Scottish Leaving Certificate Examination, 1955
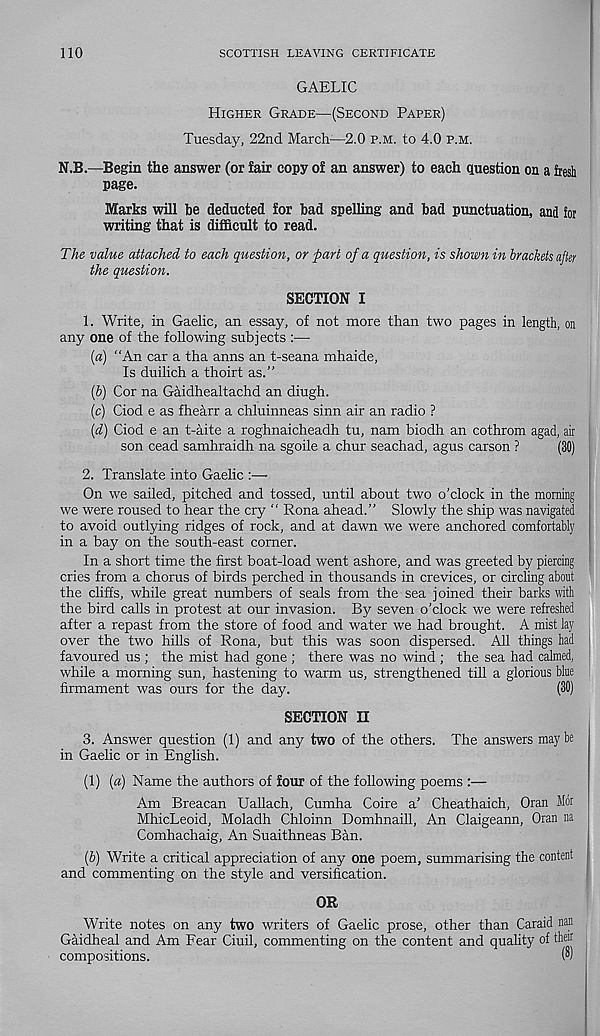
110
SCOTTISH LEAVING CERTIFICATE
GAELIC
Higher Grade—(Second Paper)
Tuesday, 22nd Marclr—2.0 p.m. to 4.0 p.m.
N.B.—Begin the answer (or fair copy of an answer) to each question on a fresh
page.
Marks will be deducted for bad spelling and bad punctuation, and Jot
writing that is difficult to read.
The value attached to each question, or part of a question, is shown in brackets after
the question.
SECTION I
1. Write, in Gaelic, an essay, of not more than two pages in length, on
any one of the following subjects :—
(а) “An car a tha anns an t-seana mhaide,
Is duilich a thoirt as.”
(б) Cor na Gaidhealtachd an diugh.
(c) Ciod e as fhearr a chluinneas sinn air an radio ?
(d) Ciod e an t-aite a roghnaicheadh tu, nam biodh an cothrom agad, air
son cead samhraidh na sgoile a chur seachad, agus carson ?
(30)
2. Translate into Gaelic :—
On we sailed, pitched and tossed, until about two o’clock in the morning
we were roused to hear the cry “ Rona ahead.” Slowly the ship was navigated
to avoid outlying ridges of rock, and at dawn we were anchored comfortably
in a bay on the south-east comer.
In a short time the first boat-load went ashore, and was greeted by pierdng
cries from a chorus of birds perched in thousands in crevices, or circling abont
the cliffs, while great numbers of seals from the sea joined their barks with
the bird calls in protest at our invasion. By seven o’clock we were refreshed
after a repast from the store of food and water we had brought. A mist lay
over the two hills of Rona, but this was soon dispersed. All things had
favoured us ; the mist had gone ; there was no wind; the sea had calmed,
while a morning sun, hastening to warm us, strengthened till a glorious blue
firmament was ours for the day.
(30)
SECTION II
3. Answer question (1) and any two of the others. The answers may be
in Gaelic or in English.
(1) (a) Name the authors of four of the following poems :—
Am Breacan Uallach, Cumha Coire a’ Cheathaich, Oran Mdr
MhicLeoid, Moladh Chloinn Domhnaill, An Claigeann, Oran na
Comhachaig, An Suaithneas Ban.
(b) Write a critical appreciation of any one poem, summarising the content
and commenting on the style and versification.
OR
Write notes on any two writers of Gaelic prose, other than Caraid nan
Gaidheal and Am Fear Ciuil, commenting on the content and quality of then
compositions.
(°)